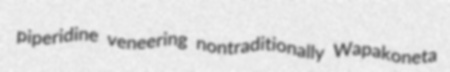
piperidine veneering nontraditionally Wapakoneta